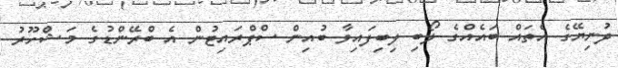
ދުނިޔޭގެ އެތައް ބައެއްގެ ލޯބި ލިބިފައިވާ ބުއިން ސްޕްރައިޓުން އެ ބްރޭންޑުގެ މަޝްހޫރު